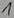
Text: 1